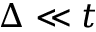
\Delta \ll t